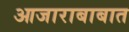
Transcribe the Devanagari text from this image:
आजाराबाबात